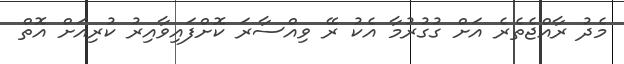
މެދު ރާއްޖެތެރެ އަށް ގުގުރުމާ އެކު ރޭ ވިއްސާރަ ކޮށްފައިވާއިރު ކުރިއަށް އޮތް